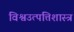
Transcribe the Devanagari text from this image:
विश्वउत्पत्तिशास्त्र